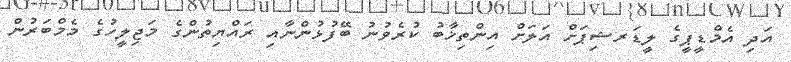
އަދި އެމްޑީޕީގެ ލީޑަރޝިޕަށް އަލަށް އިންތިޚާބު ކުރެވުނު ބޭފުޅުންނާއި ރައްޔިތުންގެ މަޖިލީހުގެ މެމްބަރުން